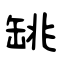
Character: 罀